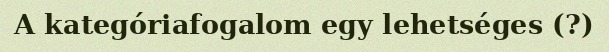
A kategóriafogalom egy lehetséges (?)